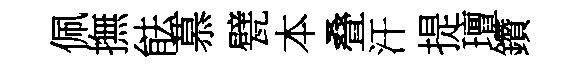
佩撫䏻慕甓本叠汗提璮鑽